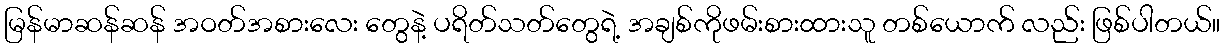
မြန်မာဆန်ဆန် အဝတ်အစားလေး တွေနဲ့ ပရိတ်သတ်တွေရဲ့ အချစ်ကိုဖမ်းစားထားသူ တစ်ယောက် လည်း ဖြစ်ပါတယ်။